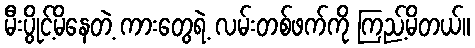
မီးပွိုင့်မိနေတဲ့ ကားတွေရဲ့ လမ်းတစ်ဖက်ကို ကြည့်မိတယ်။